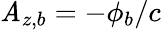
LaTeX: \mathit{A}_{z,b}=-\phi_{b}/c